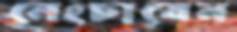
নেংচাবেন